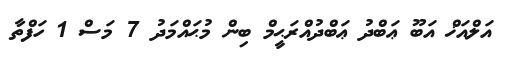
އަލްއަޚް އަބޫ ޢަބްދު ޢަބްދުއްރަޙީމް ބިން މުޙައްމަދު 7 މަސް 1 ހަފްތާ